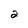
Character: 2